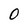
Character: 0